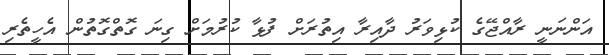
އަންނަނީ ރާއްޖޭގެ ކުޅިވަރު ދާއިރާ އިތުރަށް ފުޅާ ކުރުމަށް ގިނަ ގޮތްގޮތުން އެހީތެރި